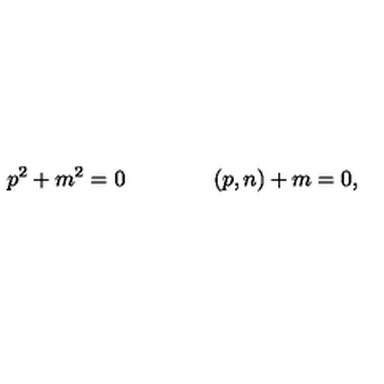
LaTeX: p ^ { 2 } + m ^ { 2 } = 0 \qquad \qquad ( p , n ) + m = 0 ,